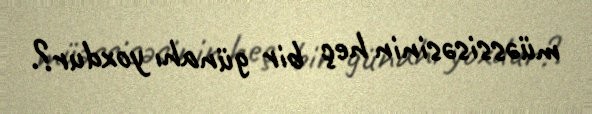
müəssisəsinin heç bir günahı yoxdur?.